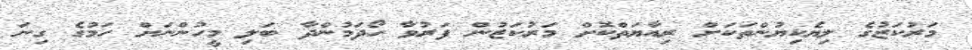
މަރުކަޒުގެ ލިޔެކިޔުންތަކަށް ރިއާޔަތްކޮށް މަރުކަޒުން ފަރުވާ ހޯދަމުންދާ ބަލި މީހުންނަށް ހަމުގެ ގިނަ